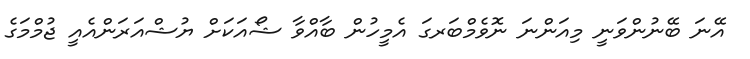
އޭނަ ބޭނުންވަނީ މިއަންނަ ނޮވެމްބަރގަ އެމީހުން ބާއްވާ ޝޯއަކަށް ޔުޝްއަރަންއެއީ ޖުމްމަގެ